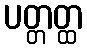
ပတ္တတ္ထ